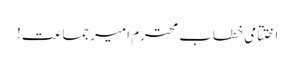
اختتامی خطاب محترم امیرجماعت!